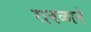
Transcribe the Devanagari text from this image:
रावळाने